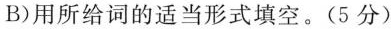
B)用所给词的适当形式填空.(5 分)